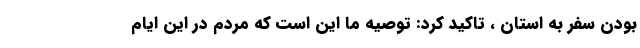
بودن سفر به استان ، تاکید کرد: توصیه ما این است که مردم در این ایام